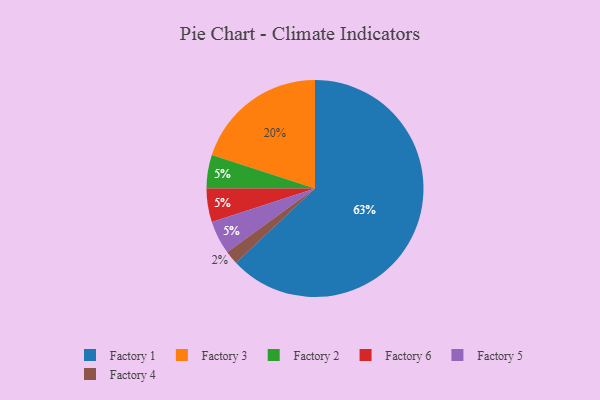
{"axis": {"x": "Category", "y": "Percentage"}, "legend": ["Factory 1", "Factory 2", "Factory 3", "Factory 4", "Factory 5", "Factory 6"], "data": [{"x": "Factory 2", "y": 5, "type": "Factory 2"}, {"x": "Factory 6", "y": 5, "type": "Factory 6"}, {"x": "Factory 1", "y": 63, "type": "Factory 1"}, {"x": "Factory 4", "y": 2, "type": "Factory 4"}, {"x": "Factory 5", "y": 5, "type": "Factory 5"}, {"x": "Factory 3", "y": 20, "type": "Factory 3"}]}